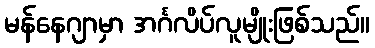
မန်နေဂျာမှာ အင်္ဂလိပ်လူမျိုးဖြစ်သည်။